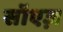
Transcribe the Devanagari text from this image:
सॉएज़